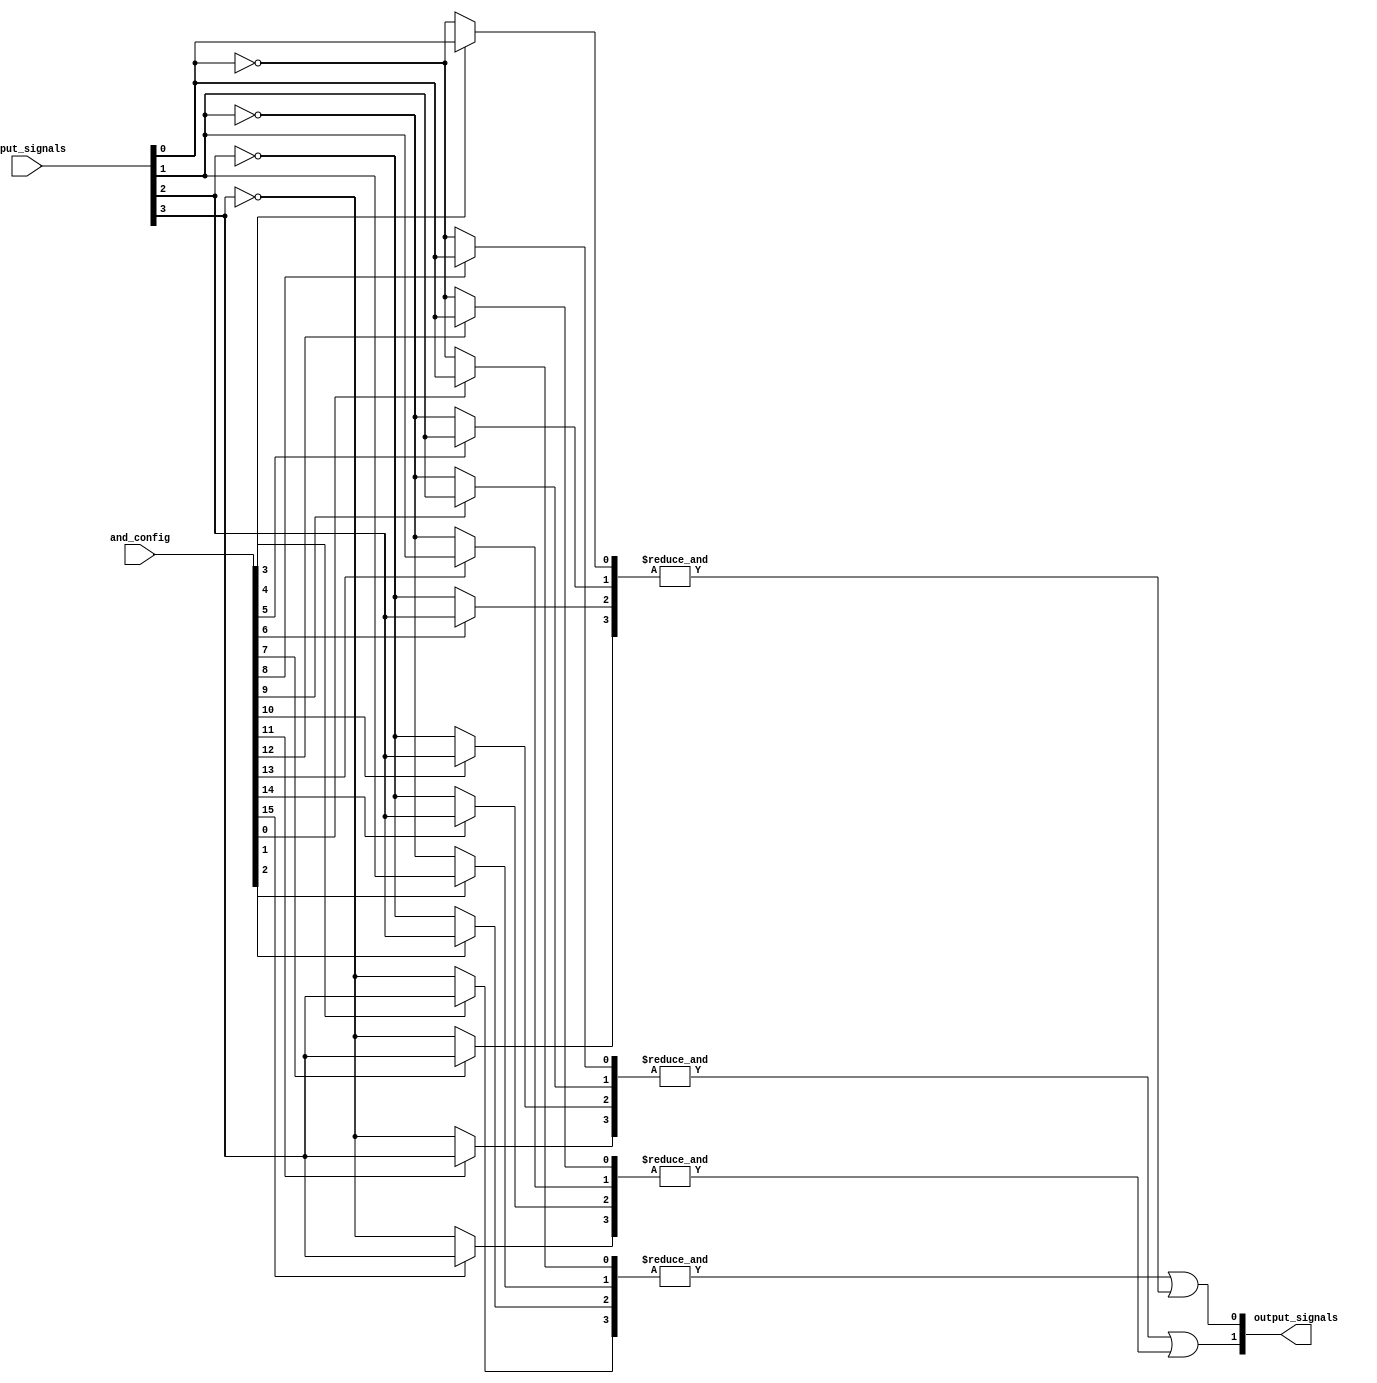
module gpal #(parameter NUM_INPUTS = 4,  // Number of inputs A, B, C, ... etc.
              parameter NUM_AND_GATES = 4, // Number of AND gates
              parameter NUM_OR_GATES = 2)  // Number of OR gates
(
    input wire [NUM_INPUTS-1:0] input_signals,        // Input signals
    input wire [NUM_AND_GATES*NUM_INPUTS-1:0] and_config, // Configuration for each AND gate
    output wire [NUM_OR_GATES-1:0] output_signals      // Output signals
);

// Local wire declarations for AND gates outputs
wire [NUM_AND_GATES-1:0] and_outputs;

// Generate programmable AND gate
genvar i, j;
generate
    for (i = 0; i < NUM_AND_GATES; i = i + 1) begin: and_gate
        wire [NUM_INPUTS-1:0] inputs;
        
        // Connecting inputs based on configuration
        for (j = 0; j < NUM_INPUTS; j = j + 1) begin: input_mux
            assign inputs[j] = and_config[i * NUM_INPUTS + j] ? input_signals[j] : ~input_signals[j];
        end
        
        // AND gate operation
        assign and_outputs[i] = &inputs; // Logical AND all inputs
    end
endgenerate

// Fixed OR array
assign output_signals[0] = and_outputs[0] | and_outputs[1]; // Connect outputs of the first two AND gates
assign output_signals[1] = and_outputs[2] | and_outputs[3]; // Connect outputs of the next two AND gates

endmodule